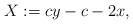
LaTeX: \begin{align*}X:=cy-c-2x,\end{align*}